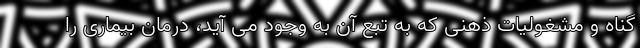
گناه و مشغولیات ذهنی که به تبع آن به وجود می آید، درمان بیماری را